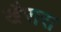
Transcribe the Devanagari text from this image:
खैरारा